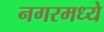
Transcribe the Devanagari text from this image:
नगरमध्ये